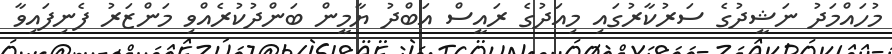
މުހައްމަދު ނަޝީދުގެ ސަރުކާރުގައި މިއަދުގެ ރައީސް އަބްދު ޔާމީން ބަންދުކުރެއްވި މަންޒަރު ފެނިފައިވާ